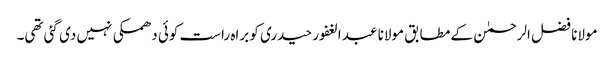
مولانا فضل الرحمٰن کے مطابق مولانا عبد الغفور حیدری کو براہ راست کوئی دھمکی نہیں دی گئی تھی۔